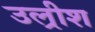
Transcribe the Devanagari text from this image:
उल्रीश